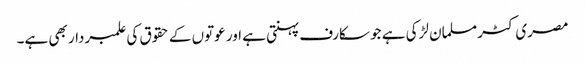
مصری کٹر مسلمان لڑکی ہے جو سکارف پہنتی ہے اور عوتوں کے حقوق کی علمبردار بھی ہے۔